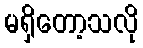
မရှိတော့သလို